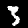
Label: 3